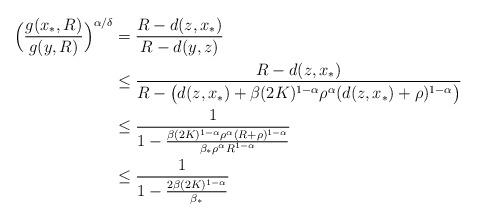
LaTeX: \begin{align*}\Bigl(\frac{g(x_*,R)}{g(y,R)}\Bigr)^{\alpha/\delta}&=\frac{R-d(z,x_*)}{R-d(y,z)}\\&\leq \frac{R-d(z,x_*)}{R-\bigl(d(z,x_*)+\beta(2K)^{1-\alpha}\rho^{\alpha}(d(z,x_*)+\rho)^{1-\alpha}\bigr)}\\&\leq \frac{1}{1-\frac{\beta(2K)^{1-\alpha}\rho^{\alpha}(R+\rho)^{1-\alpha}}{\beta_*\rho^{\alpha}R^{1-\alpha}}}\\&\leq\frac{1}{1-\frac{2\beta(2K)^{1-\alpha}}{\beta_*}}\end{align*}